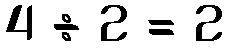
4 ÷ 2 = 2